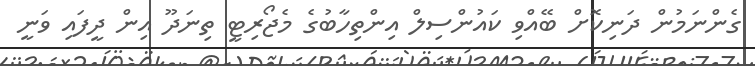
ގެންނަމުން ދަނިކޮށް ބޭއްވި ކައުންސިލް އިންތިހާބުގެ މެޖޯރިޓީ ތިނަދޫ އިން ދީފައި ވަނީ